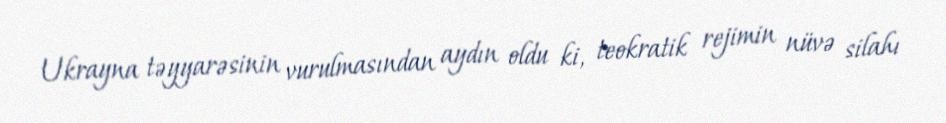
Ukrayna təyyarəsinin vurulmasından aydın oldu ki, teokratik rejimin nüvə silahı